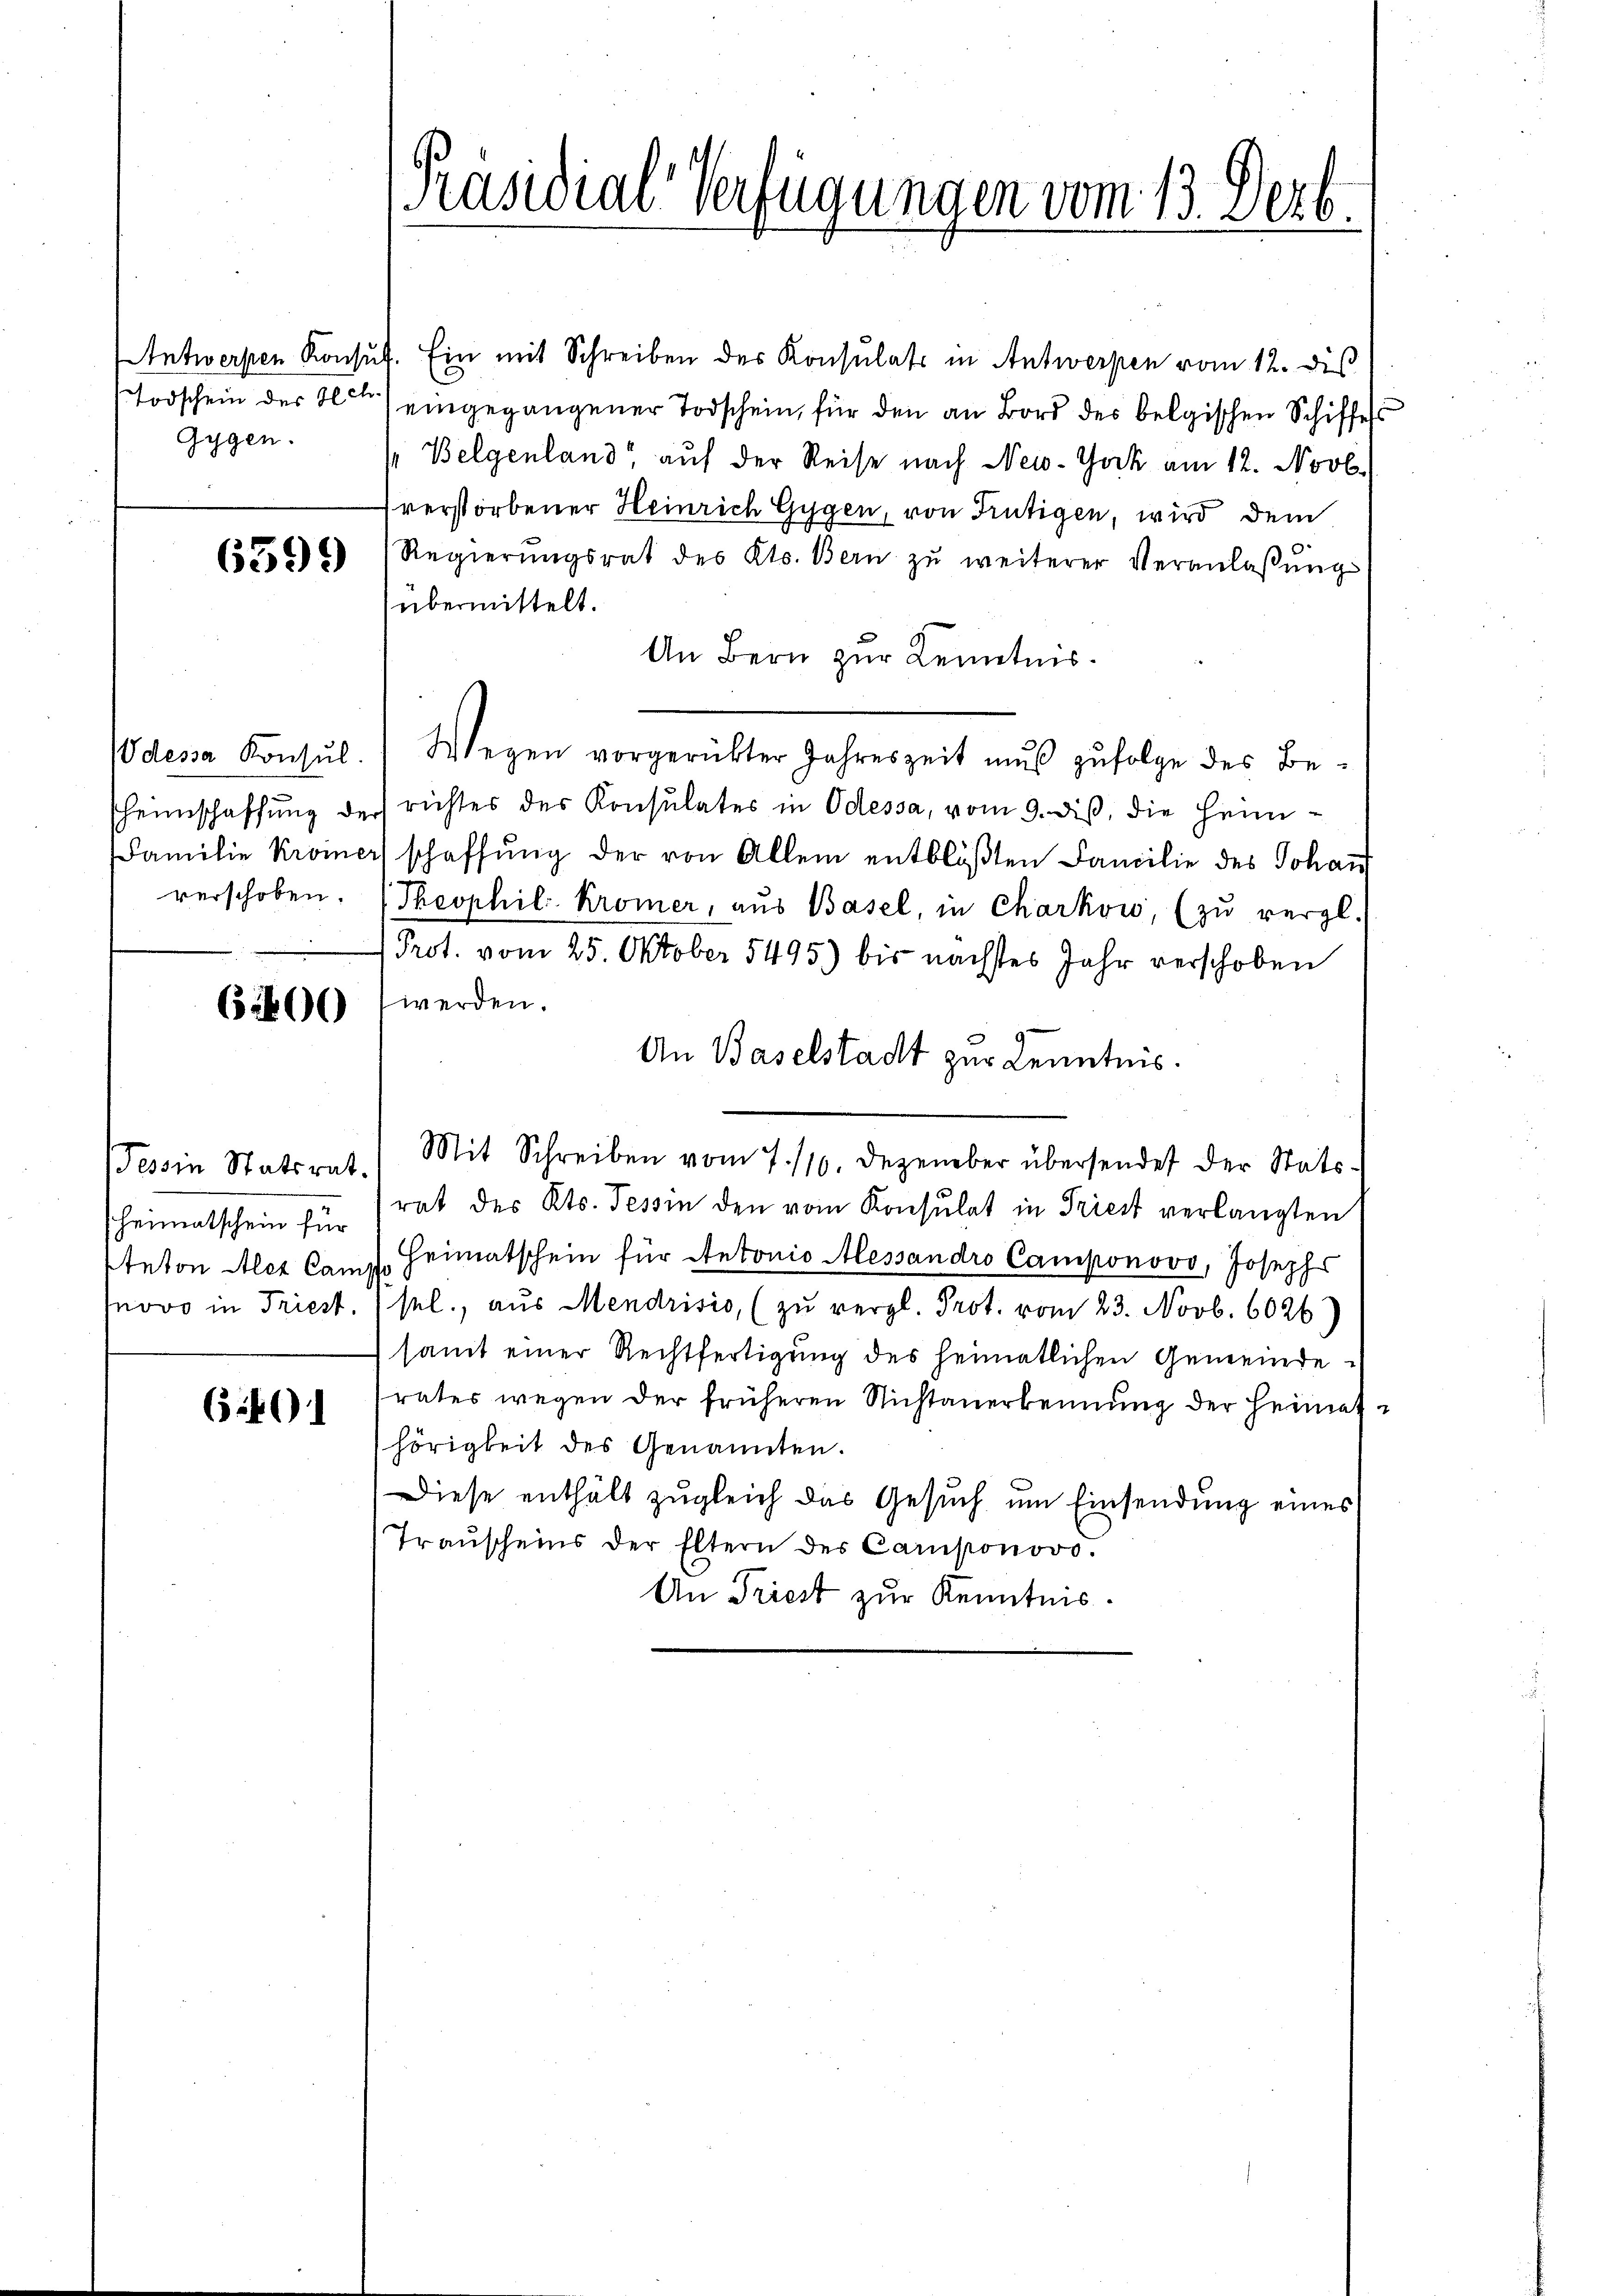
Gygen.

6599

verschoben.

6200

(1401

Antwerpen Konsuf. Ein mit Schreiben des Konsulats in Antwerpen vom 12. dis
Todschein des Hote) eingegangener Todschein, für den an Bord des belgischen Schiffes
Belgenland" auf der Reise nach New-York am 12. Novb.
verstorbener Heinrich Gygen, von Frutigen, wird dem
Regierŭngsrat des Kts. Bern zu weiterer Veranlaßung
übermittelt.
An Bern zur Kenntnis.
Odessa Konsŭl.  Wegen vorgerückter Jahreszeit mŭβ zŭfolge des Be-
Heimschaffung der richtes der Konsulates in Odessa, vom 9. diß, die Heim¬
Familie Kroiner schaffŭng der von Allem entblöβten Familie des Johan
Theophil Kromer, aus Basel, in Charkow, (zŭ vergl.
Prot. vom 25. Oktober 5495) bis nächstes Jahr verschoben
werden.
An Baselstadt zur Kenntnis.
Tessin Statsrat. Mit Schreiben vom 7./10. Dezember übersendet der Stats-
Heimatschein für rat des Kts. Tessin den vom Konsulat in Priest verlangten
Eteton Alex Camp, Heimatschein für Antonio Alessandro Camponovo, Joseph
novo in Triest. / sel., aus Mendrisis, (zŭ vergl. Prot. vom 23. Novb. 6026)
samt einer Rechtfertigung des heimatlichen Gemeinde-
rates wegen der früheren Nichtanerkennung der Heimat
hörigkeit des Genannten.
Diese enthält zugleich das Gesuch um Einsendung eines
Traŭscheins der Eltern des Camponovo.
An Triest zur Kenntnis.

[Präsidial-Verfügungen vom 13. Dezbr.